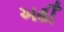
અહીઁ